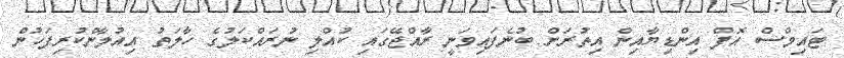
ޓައިމްސް އޮފް އިންޑިޔާއިން އިތުރަަށް ބުނެފައިވަނީ ރާއްޖޭގައި ކުއްލި ނުރައްކަލުގެ ހާލަތު އިއުލާންކުރިފަހުން